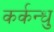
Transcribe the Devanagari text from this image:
कर्कन्धु